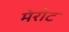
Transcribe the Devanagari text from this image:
मेरीट